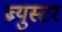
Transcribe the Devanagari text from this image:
ब्र्युस्टर